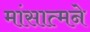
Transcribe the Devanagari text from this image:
मांसात्मने